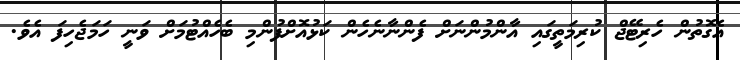
އެގޮތުން ހެރިޓޭޖް ކުރިމަތީގައި އާންމުންނަށް ފެންނާނެހެން ކަޅުއޮށްފުންމި ބެހެއްޓުމަށް ވަނީ ހަމަޖެހިފަ އެވެ.